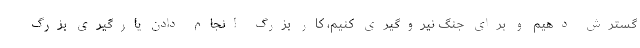
گسترش دهیم و برای جنگ نیروگیری کنیم، کار بزرگ انجام دادن یارگیری بزرگ